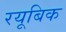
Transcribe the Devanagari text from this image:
रयूबिक